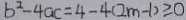
b ^ { 2 } - 4 a c = 4 - 4 ( 2 m - 1 ) \geq 0